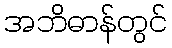
အဘိဓာန်တွင်